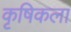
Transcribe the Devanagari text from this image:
कृषिकला